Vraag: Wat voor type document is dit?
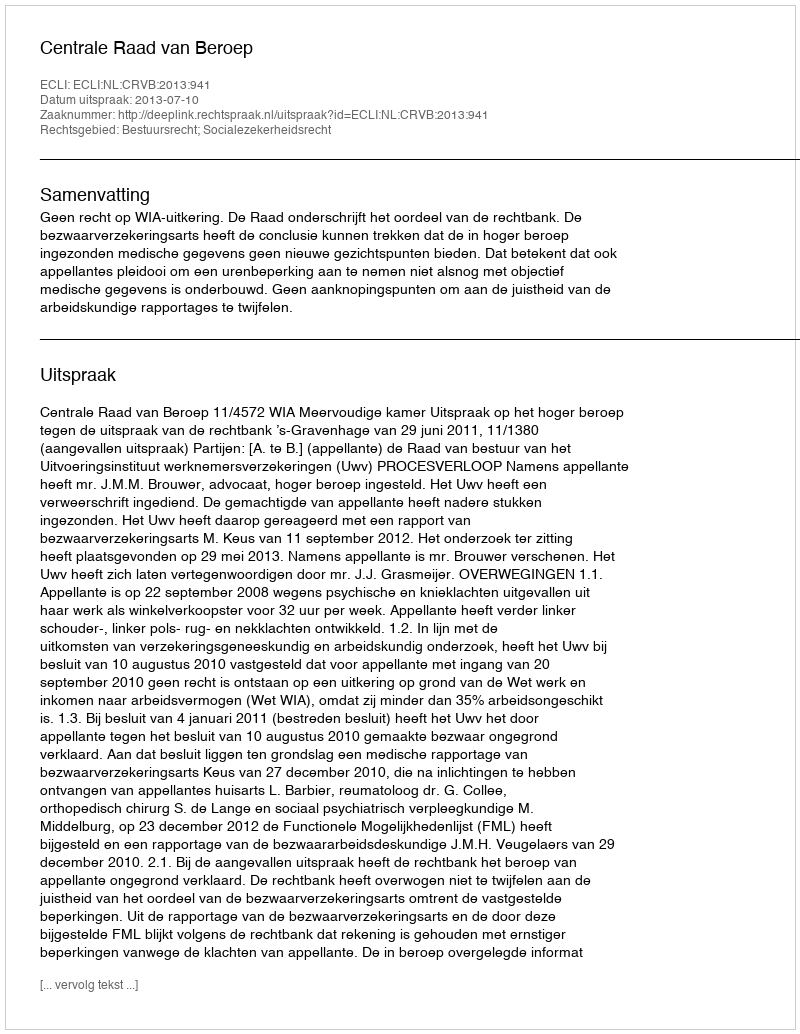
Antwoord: Uitspraak